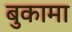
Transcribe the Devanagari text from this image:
बुकामा